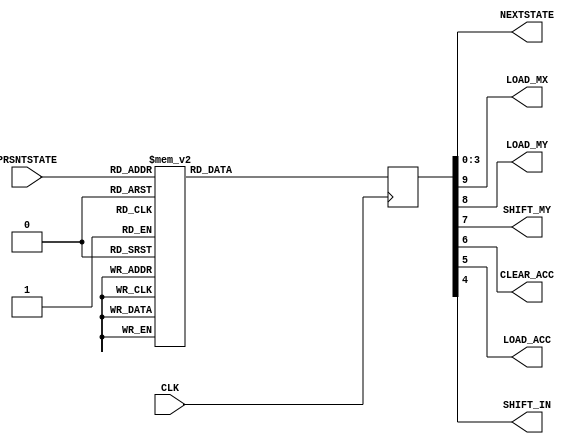
//ROM based design to store 6 bits of control signal and 4 bit next state

module ControlTable(PRSNTSTATE,NEXTSTATE,LOAD_MX,LOAD_MY,SHIFT_MY,CLEAR_ACC,LOAD_ACC,SHIFT_IN,CLK);

input [3:0]PRSNTSTATE;  
input CLK;
output LOAD_MX,LOAD_MY,SHIFT_MY,CLEAR_ACC,LOAD_ACC,SHIFT_IN;
output [3:0] NEXTSTATE;

reg   [9:0]ControlSig;
 
 always @(posedge CLK) 
  begin
   case(PRSNTSTATE)
    4'b0000: ControlSig = 10'b1101000001;
    4'b0001: ControlSig = 10'b0010110010;
    4'b0010: ControlSig = 10'b0010110011;
    4'b0011: ControlSig = 10'b0010110100;
    4'b0100: ControlSig = 10'b0010110101;
    4'b0101: ControlSig = 10'b0010110110;
    4'b0110: ControlSig = 10'b0010110111;
    4'b0111: ControlSig = 10'b0010111000;
    4'b1000: ControlSig = 10'b0010111001;
    4'b1001: ControlSig = 10'b0010111010;
    4'b1010: ControlSig = 10'b0000001010;
    default: ControlSig = 10'b0000000000;
   endcase
  end
 
 assign NEXTSTATE = ControlSig[3:0];
 //assign PRSNTSTATE = ControlSig[3:0];
 assign LOAD_MX = ControlSig[9];
 assign LOAD_MY = ControlSig[8];
 assign SHIFT_MY = ControlSig[7];
 assign CLEAR_ACC = ControlSig[6];
 assign LOAD_ACC = ControlSig[5];
 assign SHIFT_IN = ControlSig[4];

endmodule